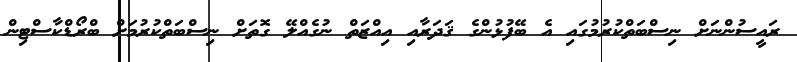
ރައީސުންނަށް ނިސްބަތްކުރުމުގައި އެ ބޭފުޅުންގެ ޤަދަރާއި އިއްޒަތް ނުގެއްލޭ ގޮތަށް ނިސްބަތްކުރުމަށް ބްރޯޑްކާސްޓިން